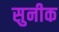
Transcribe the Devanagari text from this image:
सुनीक